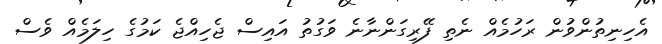
އެހިނިތުންވުން ރަހުމެއް ނެތި ފޭރިގަންނާނެ ވަގުތު އައިސް ޖެހިއްޖެ ކަމުގެ ހިލަމެއް ވެސް